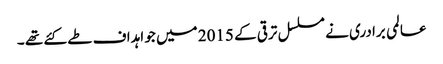
عالمی برادری نے مسلسل ترقی کے 2015 میں جو اہداف طے کئے تھے ۔